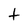
Character: t